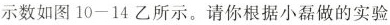
示数如图10-14乙所示。请你根据小磊做的实验